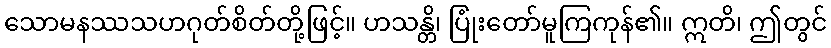
သောမနဿသဟဂုတ်စိတ်တို့ဖြင့်။ ဟသန္တိ၊ ပြုံးတော်မူကြကုန်၏။ ဣတိ၊ ဤတွင်